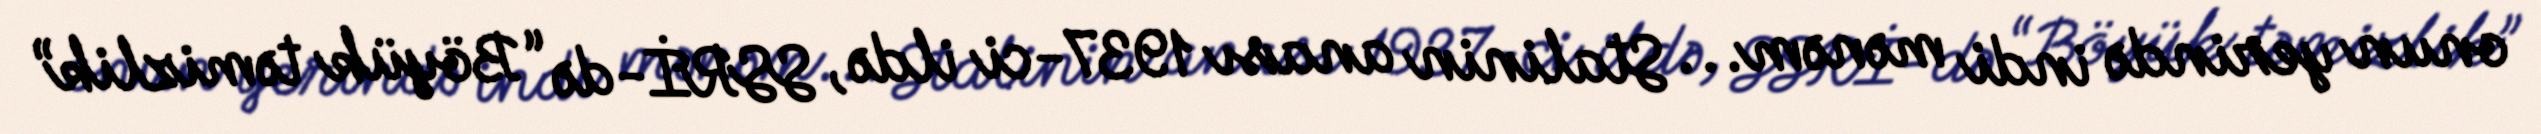
onun yerində indi mənəm... Stalinin anası 1937-ci ildə, SSRİ-də “Böyük təmizlik”